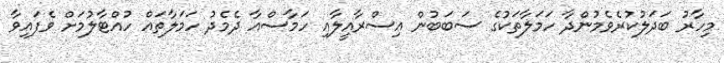
މިހާރު ބަދަލުކުރެވެމުންދާ ހަމަލާތަކުގެ ސަބަބުން އިސްރާއީލާއި ހަމާސްއާ ދެމެދު ހަމަލާތައް ހުއްޓާލުމަށް ވެފައިވާ